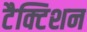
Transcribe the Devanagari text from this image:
टैक्टिशन